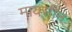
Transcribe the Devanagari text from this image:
मायसीन